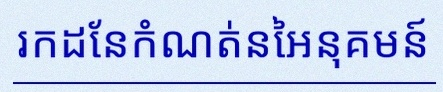
រកដែនកំណត់នៃអនុគមន៍